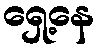
ရှေ့နေ